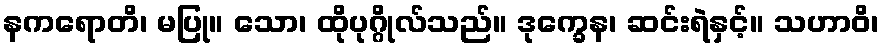
နကရောတိ၊ မပြု။ သော၊ ထိုပုဂ္ဂိုလ်သည်။ ဒုက္ခေန၊ ဆင်းရဲနှင့်။ သဟာဝိ၊